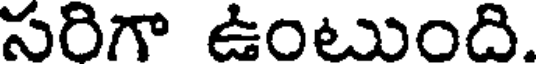
సరిగా ఉంటుంది.